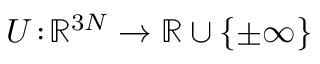
U \! : \! \mathbb { R } ^ { 3 N } \xrightarrow { } \mathbb { R } \cup \{ \pm \infty \}